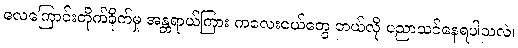
လေကြောင်းတိုက်ခိုက်မှု အန္တရာယ်ကြား ကလေးငယ်တွေ ဘယ်လို ပညာသင်နေရပါသလဲ၊